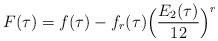
LaTeX: \begin{align*}F(\tau) = f(\tau) - f_r(\tau)\Big(\frac{E_2(\tau)}{12}\Big)^r\end{align*}